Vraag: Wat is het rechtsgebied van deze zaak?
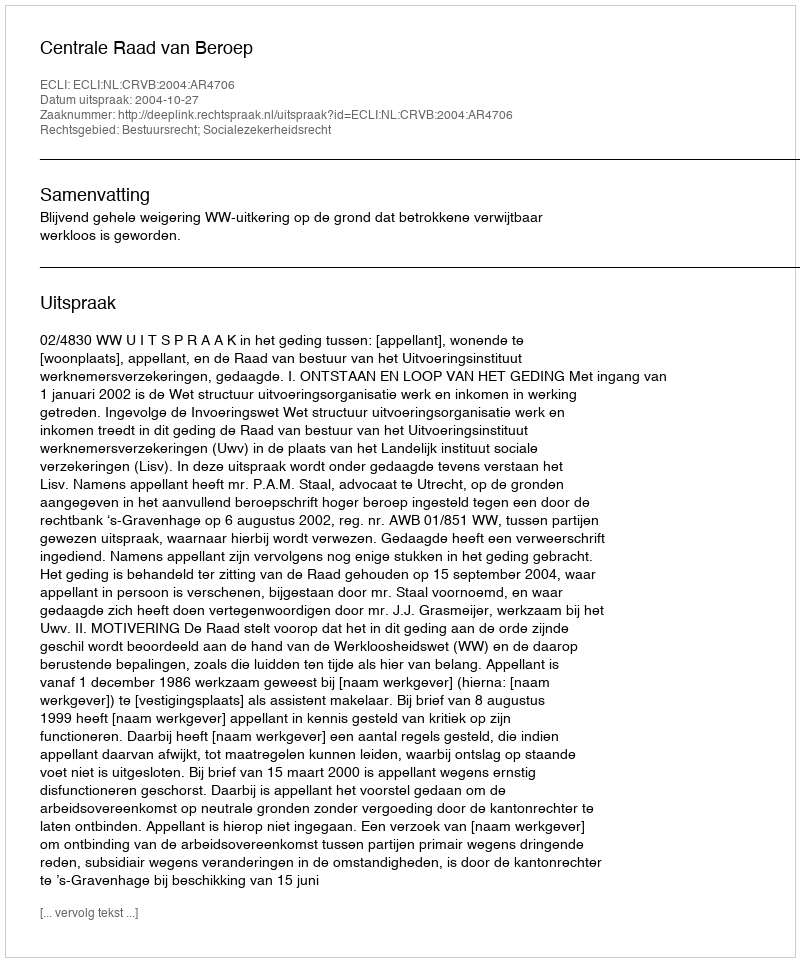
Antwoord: Bestuursrecht; Socialezekerheidsrecht